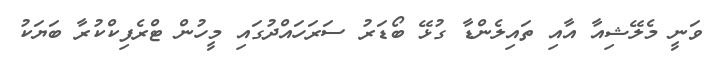
ވަނީ މެލޭޝިއާ އާއި ތައިލެންޑާ ގުޅޭ ބޯޑަރު ސަރަހައްދުގައި މީހުން ޓްރެފިކްކުރާ ބަޔަކު